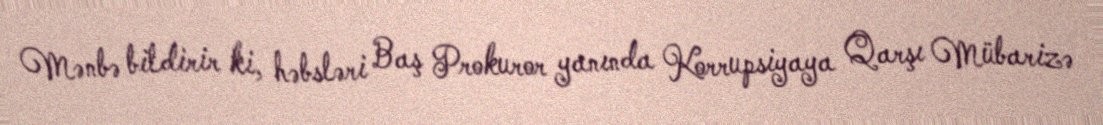
Mənbə bildirir ki, həbsləri Baş Prokuror yanında Korrupsiyaya Qarşı Mübarizə